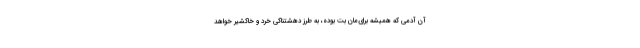
آن آدمی که همیشه برای‌مان بُت بوده، به طرز دهشتناکی خرد و خاکشیر خواهد